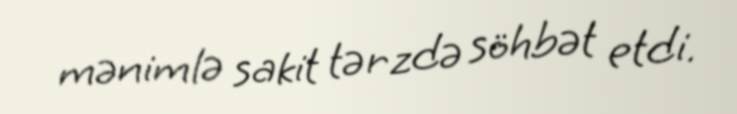
mənimlə sakit tərzdə söhbət etdi.